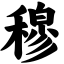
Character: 穆